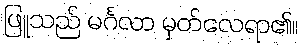
ဖြူသည် မင်္ဂလာ မှတ်လေရာ၏။